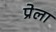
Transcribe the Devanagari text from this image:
प्रेला